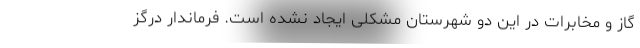
گاز و مخابرات در این دو شهرستان مشکلی ایجاد نشده است. فرماندار درگز